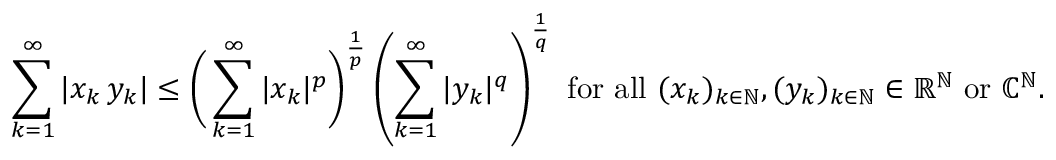
\sum _ { k = 1 } ^ { \infty } | x _ { k } \, y _ { k } | \leq { \biggl ( } \sum _ { k = 1 } ^ { \infty } | x _ { k } | ^ { p } { \biggr ) } ^ { \frac { 1 } { p } } \left( \sum _ { k = 1 } ^ { \infty } | y _ { k } | ^ { q } \right) ^ { \frac { 1 } { q } } { \mathrm { ~ f o r ~ a l l ~ } } ( x _ { k } ) _ { k \in \mathbb { N } } , ( y _ { k } ) _ { k \in \mathbb { N } } \in \mathbb { R } ^ { \mathbb { N } } { \mathrm { ~ o r ~ } } \mathbb { C } ^ { \mathbb { N } } .